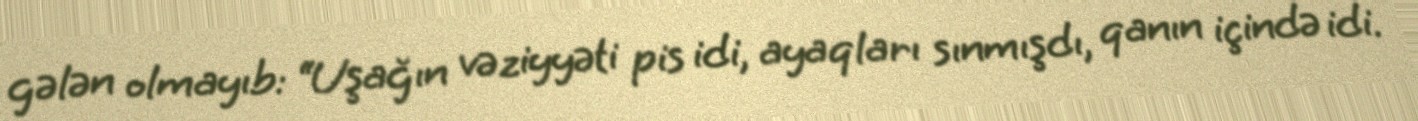
gələn olmayıb: “Uşağın vəziyyəti pis idi, ayaqları sınmışdı, qanın içində idi.